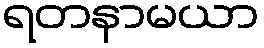
ရတနာမယာ